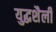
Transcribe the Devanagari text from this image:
युद्धशैली